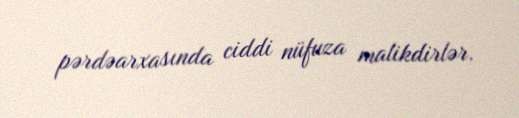
pərdəarxasında ciddi nüfuza malikdirlər.